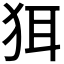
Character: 𬌯